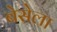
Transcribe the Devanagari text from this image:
बेसेला